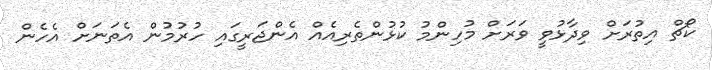
ކޯޗް އިތުރަށް ވިދާޅުވީ ވަރަށް މުހިންމު ކުޅުންތެރިއެއް އެންޖަރީގައި ހުރުމުން އެތަނަށް އެހެން